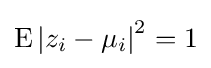
\operatorname {E} \left|z_{i}-\mu _{i}\right|^{2}=1